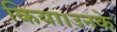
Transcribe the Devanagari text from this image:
किया।उनके